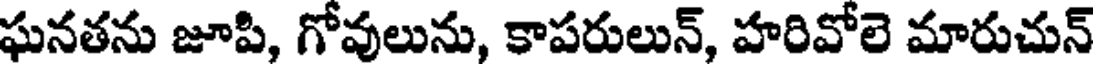
ఘనతను జూపి, గోవులును, కాపరులున్, హరివోలె మారుచున్